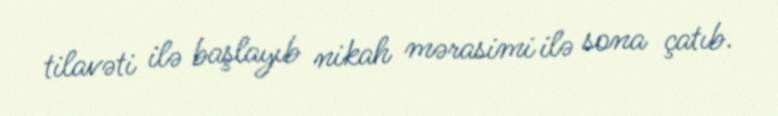
tilavəti ilə başlayıb nikah mərasimi ilə sona çatıb.